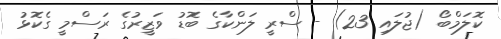
ކޮލަމްބޯ (ޖުލައި 23) - ސްރީ ލަންކާގެ ބޮޑު ވަޒީރުގެ ރަސްމީ ގެކޮޅު